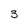
Character: 3